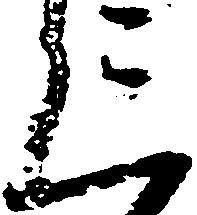
三